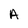
Character: A